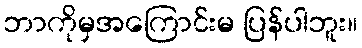
ဘာကိုမှအကြောင်းမ ပြန်ပါဘူး။